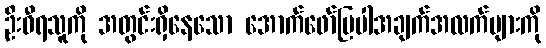
ဦးဝီရသူကို အတွင်းရှိနေသော အောက်ဖော်ပြပါအချက်အလက်များကို